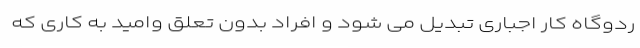
ردوگاه کار اجباری تبدیل می شود و افراد بدون تعلق وامید به کاری که